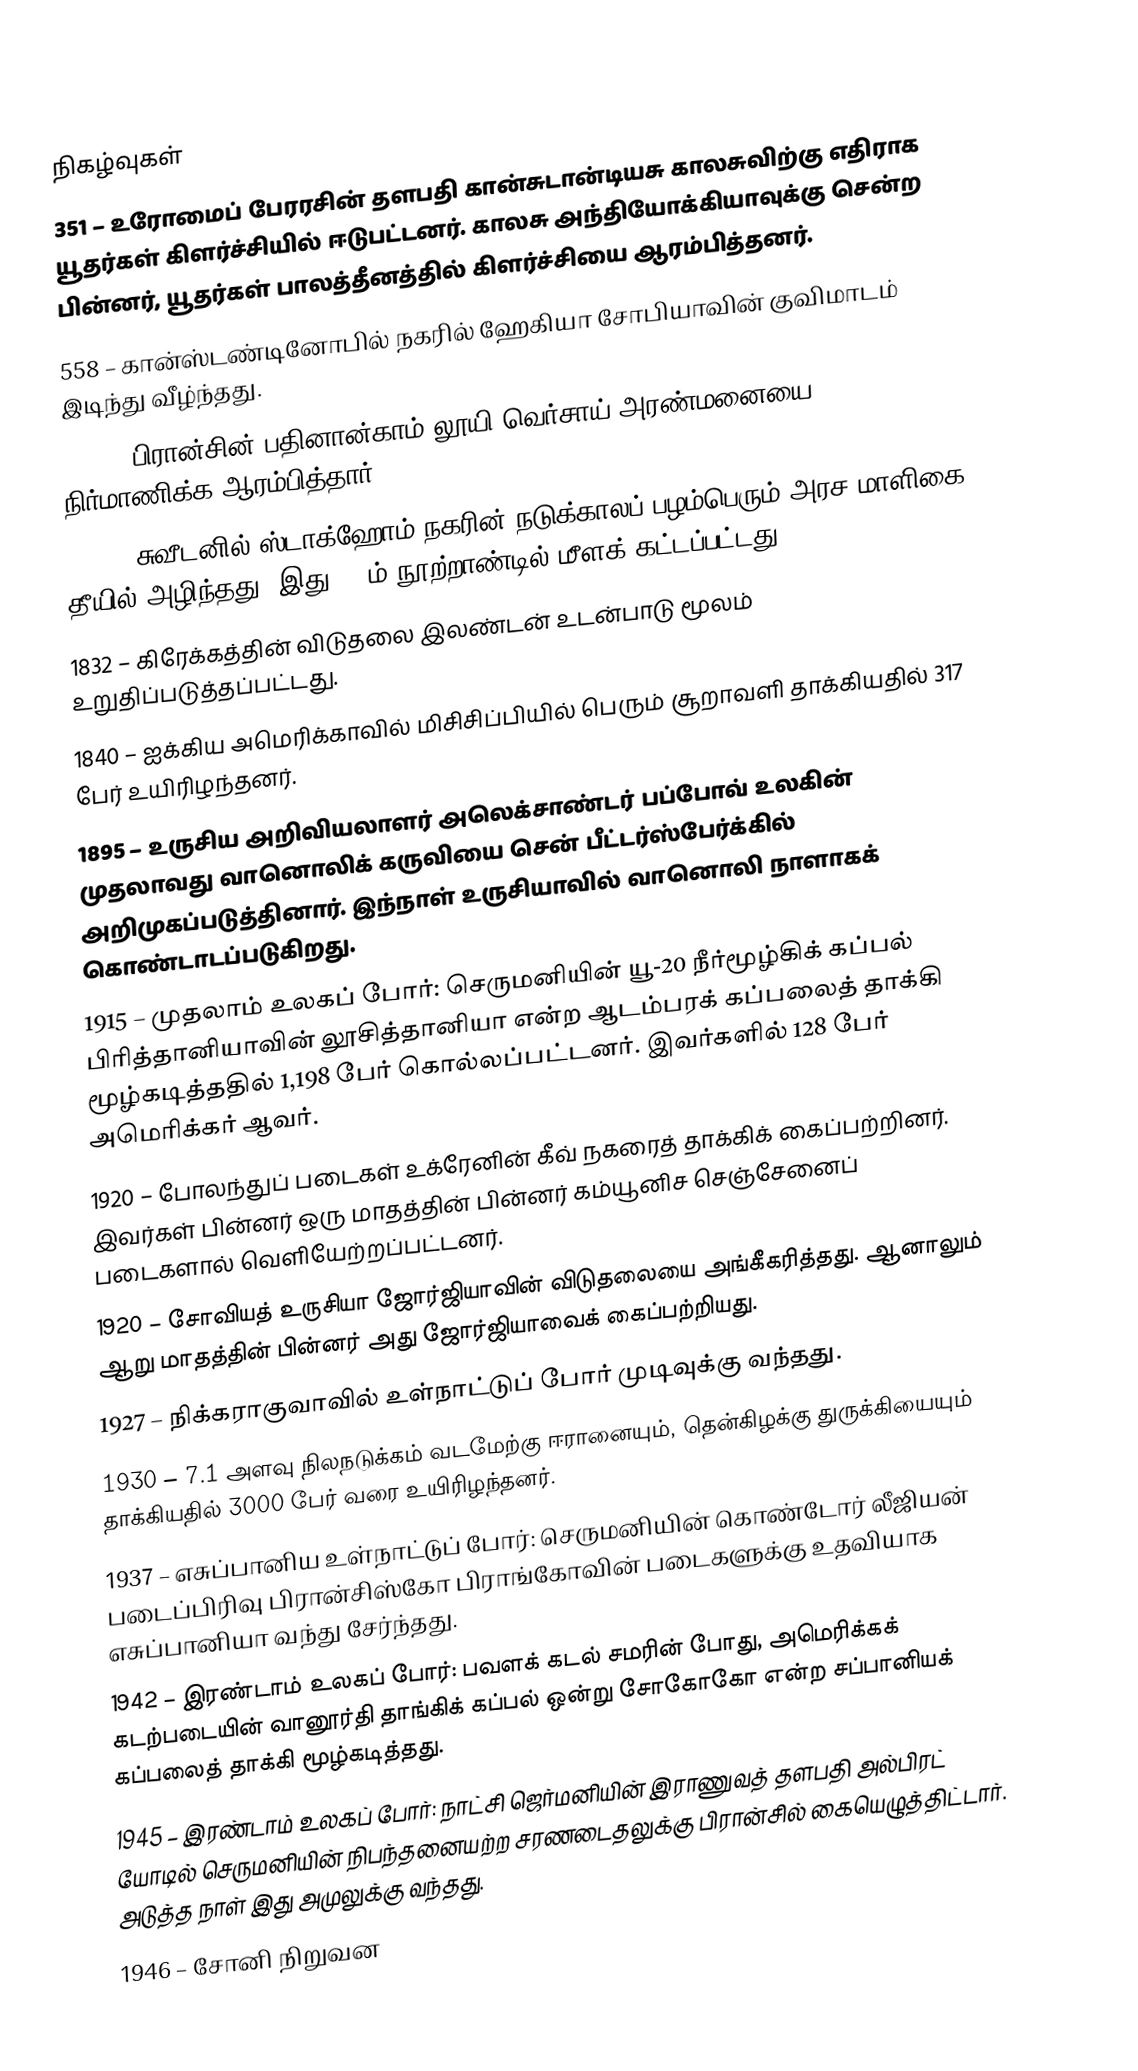

நிகழ்வுகள்
351 – உரோமைப் பேரரசின் தளபதி கான்சுடான்டியசு காலசுவிற்கு எதிராக யூதர்கள் கிளர்ச்சியில் ஈடுபட்டனர். காலசு அந்தியோக்கியாவுக்கு சென்ற பின்னர், யூதர்கள் பாலத்தீனத்தில் கிளர்ச்சியை ஆரம்பித்தனர்.
558 – கான்ஸ்டண்டினோபில் நகரில் ஹேகியா சோபியாவின் குவிமாடம் இடிந்து வீழ்ந்தது.
1664 – பிரான்சின் பதினான்காம் லூயி வெர்சாய் அரண்மனையை நிர்மாணிக்க ஆரம்பித்தார்.
1697 – சுவீடனில் ஸ்டாக்ஹோம் நகரின் நடுக்காலப் பழம்பெரும் அரச மாளிகை தீயில் அழிந்தது. இது 18-ம் நூற்றாண்டில் மீளக் கட்டப்பட்டது.
1832 – கிரேக்கத்தின் விடுதலை இலண்டன் உடன்பாடு மூலம் உறுதிப்படுத்தப்பட்டது.
1840 – ஐக்கிய அமெரிக்காவில் மிசிசிப்பியில் பெரும் சூறாவளி தாக்கியதில் 317 பேர் உயிரிழந்தனர்.
1895 – உருசிய அறிவியலாளர் அலெக்சாண்டர் பப்போவ் உலகின் முதலாவது வானொலிக் கருவியை சென் பீட்டர்ஸ்பேர்க்கில் அறிமுகப்படுத்தினார். இந்நாள் உருசியாவில் வானொலி நாளாகக் கொண்டாடப்படுகிறது.
1915 – முதலாம் உலகப் போர்: செருமனியின் யூ-20 நீர்மூழ்கிக் கப்பல் பிரித்தானியாவின் லூசித்தானியா என்ற ஆடம்பரக் கப்பலைத் தாக்கி மூழ்கடித்ததில் 1,198 பேர் கொல்லப்பட்டனர். இவர்களில் 128 பேர் அமெரிக்கர் ஆவர்.
1920 – போலந்துப் படைகள் உக்ரேனின் கீவ் நகரைத் தாக்கிக் கைப்பற்றினர். இவர்கள் பின்னர் ஒரு மாதத்தின் பின்னர் கம்யூனிச செஞ்சேனைப் படைகளால் வெளியேற்றப்பட்டனர்.
1920 – சோவியத் உருசியா ஜோர்ஜியாவின் விடுதலையை அங்கீகரித்தது. ஆனாலும் ஆறு மாதத்தின் பின்னர் அது ஜோர்ஜியாவைக் கைப்பற்றியது.
1927 – நிக்கராகுவாவில் உள்நாட்டுப் போர் முடிவுக்கு வந்தது.
1930 – 7.1 அளவு நிலநடுக்கம் வடமேற்கு ஈரானையும், தென்கிழக்கு துருக்கியையும் தாக்கியதில் 3000 பேர் வரை உயிரிழந்தனர்.
1937 – எசுப்பானிய உள்நாட்டுப் போர்: செருமனியின் கொண்டோர் லீஜியன் படைப்பிரிவு பிரான்சிஸ்கோ பிராங்கோவின் படைகளுக்கு உதவியாக எசுப்பானியா வந்து சேர்ந்தது.
1942 – இரண்டாம் உலகப் போர்: பவளக் கடல் சமரின் போது, அமெரிக்கக் கடற்படையின் வானூர்தி தாங்கிக் கப்பல் ஒன்று சோகோகோ என்ற சப்பானியக் கப்பலைத் தாக்கி மூழ்கடித்தது.
1945 – இரண்டாம் உலகப் போர்: நாட்சி ஜெர்மனியின் இராணுவத் தளபதி அல்பிரட் யோடில் செருமனியின் நிபந்தனையற்ற சரணடைதலுக்கு பிரான்சில் கையெழுத்திட்டார். அடுத்த நாள் இது அமுலுக்கு வந்தது.
1946 – சோனி நிறுவன